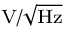
\scriptstyle \mathrm { V } / { \sqrt { \mathrm { H z } } }